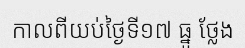
កាលពីយប់ថ្ងៃទី១៧ ធ្នូ ថ្លែង